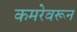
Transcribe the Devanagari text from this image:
कमरेवरून